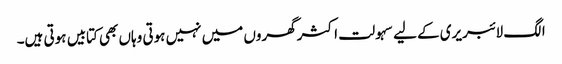
الگ لائبریری کے لیے سہولت اکثر گھروں میں نہیں ہوتی وہاں بھی کتابیں ہوتی ہیں۔